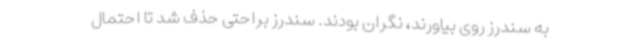
به سندرز روی بیاورند، نگران بودند. سندرز براحتی حذف شد تا احتمال